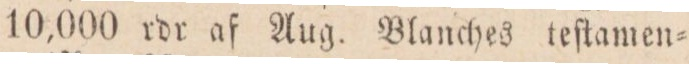
10,000 rdr af Aug. Blanches teſtamen=